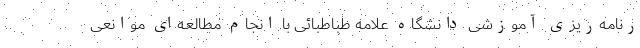
رنامه‌ریزی آموزشی دانشگاه علامه طباطبائی با انجام مطالعه‌ای موانعی